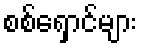
စစ်ရှောင်များ